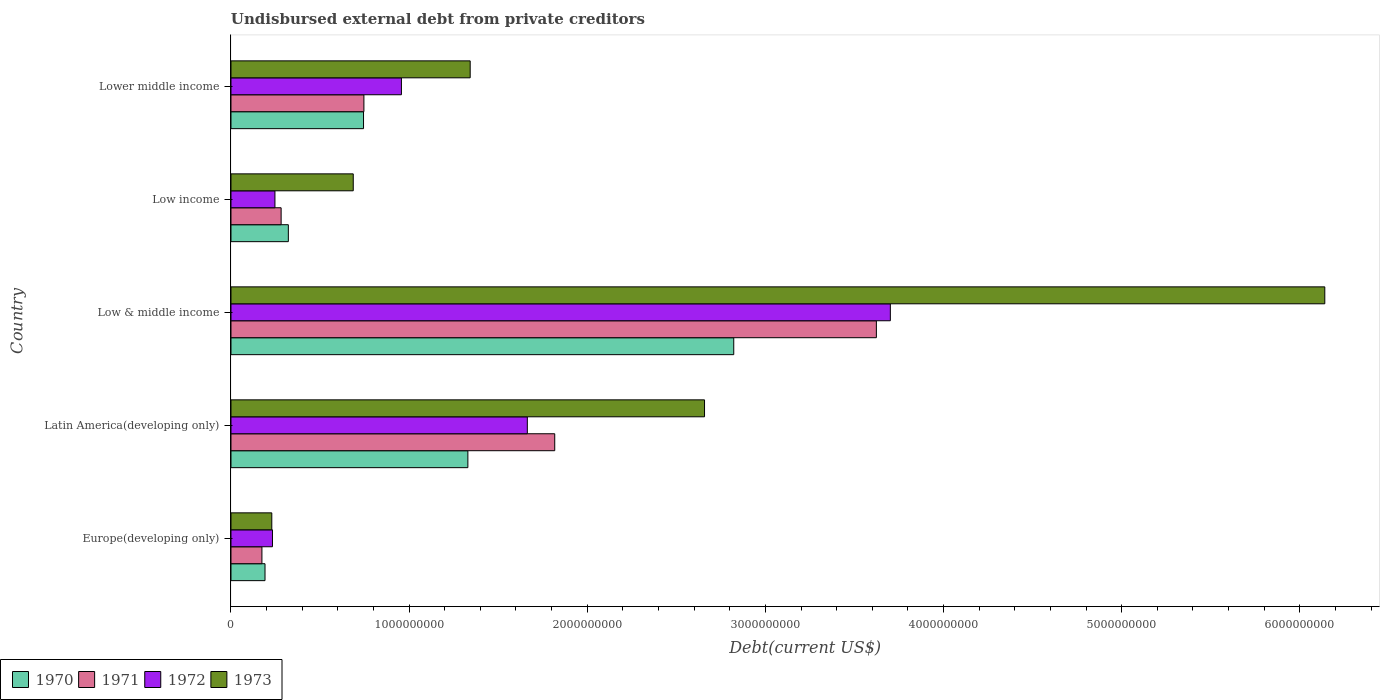
| Country | 1970 | 1971 | 1972 | 1973 |
 | --- | --- | --- | --- | --- |
 | Europe(developing only) | 1.91e+08 | 1.74e+08 | 2.33e+08 | 2.29e+08 |
 | Latin America(developing only) | 1.33e+09 | 1.82e+09 | 1.66e+09 | 2.66e+09 |
 | Low & middle income | 2.82e+09 | 3.62e+09 | 3.7e+09 | 6.14e+09 |
 | Low income | 3.22e+08 | 2.82e+08 | 2.47e+08 | 6.86e+08 |
 | Lower middle income | 7.44e+08 | 7.46e+08 | 9.57e+08 | 1.34e+09 |